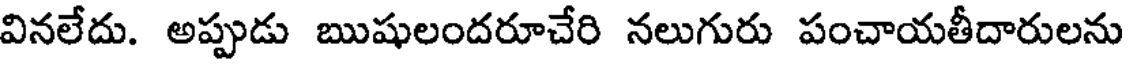
వినలేదు. అప్పుడు ఋషులందరూచేరి నలుగురు పంచాయతీదారులను